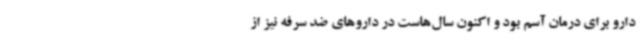
دارو برای درمان آسم بود و اکنون سال‌هاست در داروهای ضد سرفه نیز از